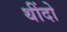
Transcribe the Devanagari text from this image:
थींदो